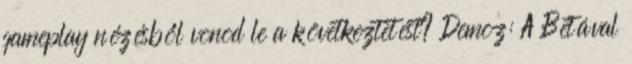
gameplay nézésből vonod le a következtetést? Demoz: A Bétával